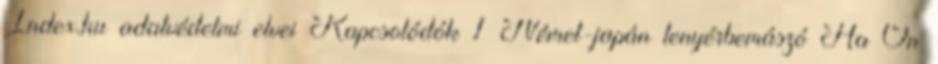
Index.hu adatvédelmi elvei Kapcsolódók 1 Német-japán tenyérbemászó Ha Ön